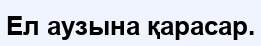
Ел аузына қарасар.